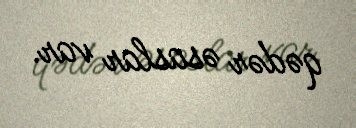
qədər əsaslar var.